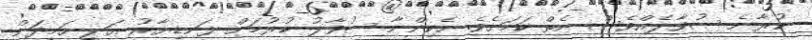
ކުރާނެ ސުވާލެއްވެސް ނެތް ކަމަށެވެ. ހެކިންނާ ސުވާލު ކުރުމަށް ފަނޑިޔާރު ޢަލީ ހަމީދަށް